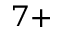
^ { 7 + }